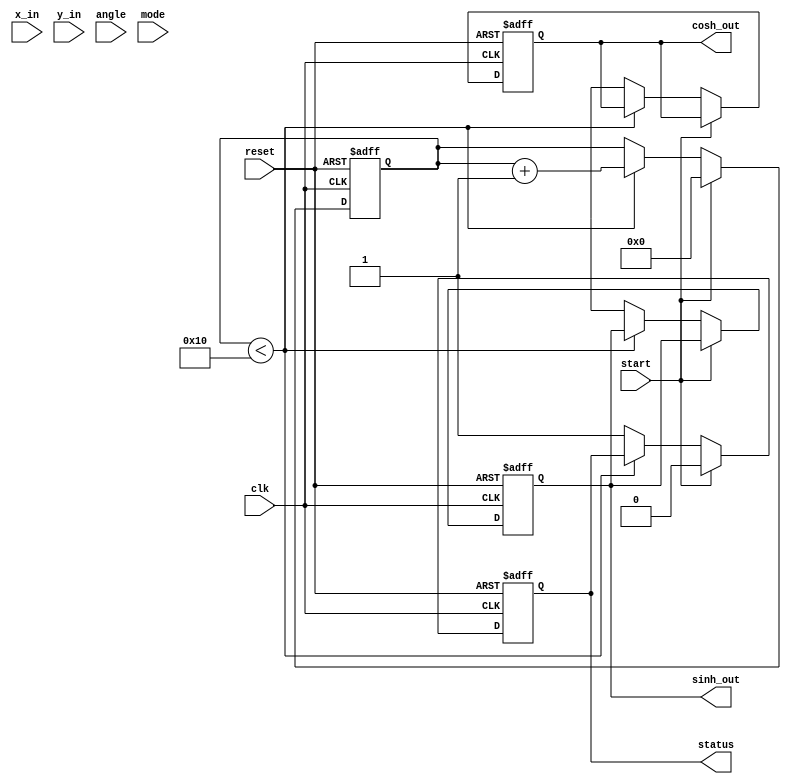
module hyperbolic_cordic (
    input wire clk,
    input wire reset,
    input wire start,
    input wire [15:0] x_in,  // Fixed-point input for x
    input wire [15:0] y_in,  // Fixed-point input for y
    input wire [15:0] angle,  // Angle in radians (fixed-point)
    input wire mode,         // Mode: 0 for circular, 1 for hyperbolic
    output reg [15:0] sinh_out,  // Output for sinh
    output reg [15:0] cosh_out,  // Output for cosh
    output reg status          // Status signal
);

    // Parameters
    parameter NUM_ITERATIONS = 16; // Number of iterations
    parameter FIXED_POINT_SCALE = 16; // Scale for fixed-point representation

    // Internal registers
    reg [15:0] x [0:NUM_ITERATIONS-1];
    reg [15:0] y [0:NUM_ITERATIONS-1];
    reg [15:0] angle_table [0:NUM_ITERATIONS-1];
    reg [3:0] iteration_count;
    reg [15:0] current_angle;

    // Initialize angle lookup table for hyperbolic functions
    initial begin
        angle_table[0] = 16'h0000; // arctanh(0)
        angle_table[1] = 16'h3F00; // arctanh(1/2)
        angle_table[2] = 16'h3F80; // arctanh(1/4)
        // Add more angles as needed
    end

    // CORDIC iteration process
    always @(posedge clk or posedge reset) begin
        if (reset) begin
            iteration_count <= 0;
            sinh_out <= 0;
            cosh_out <= 0;
            status <= 0;
        end else if (start) begin
            // Load initial values
            x[0] <= x_in;
            y[0] <= y_in;
            current_angle <= angle;
            iteration_count <= 0;
            status <= 0;
        end else if (iteration_count < NUM_ITERATIONS) begin
            // Perform CORDIC iteration
            if (mode) begin // Hyperbolic mode
                if (y[iteration_count] < 0) begin
                    x[iteration_count + 1] <= x[iteration_count] + (y[iteration_count] >>> iteration_count);
                    y[iteration_count + 1] <= y[iteration_count] - (x[iteration_count] >>> iteration_count);
                end else begin
                    x[iteration_count + 1] <= x[iteration_count] - (y[iteration_count] >>> iteration_count);
                    y[iteration_count + 1] <= y[iteration_count] + (x[iteration_count] >>> iteration_count);
                end
            end else begin // Circular mode
                // Implement circular mode logic if needed
            end
            
            // Update the angle for the next iteration
            current_angle <= current_angle - angle_table[iteration_count];

            // Increment the iteration count
            iteration_count <= iteration_count + 1;
        end else begin
            // Store final results
            sinh_out <= y[NUM_ITERATIONS];
            cosh_out <= x[NUM_ITERATIONS];
            status <= 1; // Indicate completion
        end
    end

endmodule